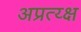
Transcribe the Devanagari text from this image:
अप्रत्य्क्ष